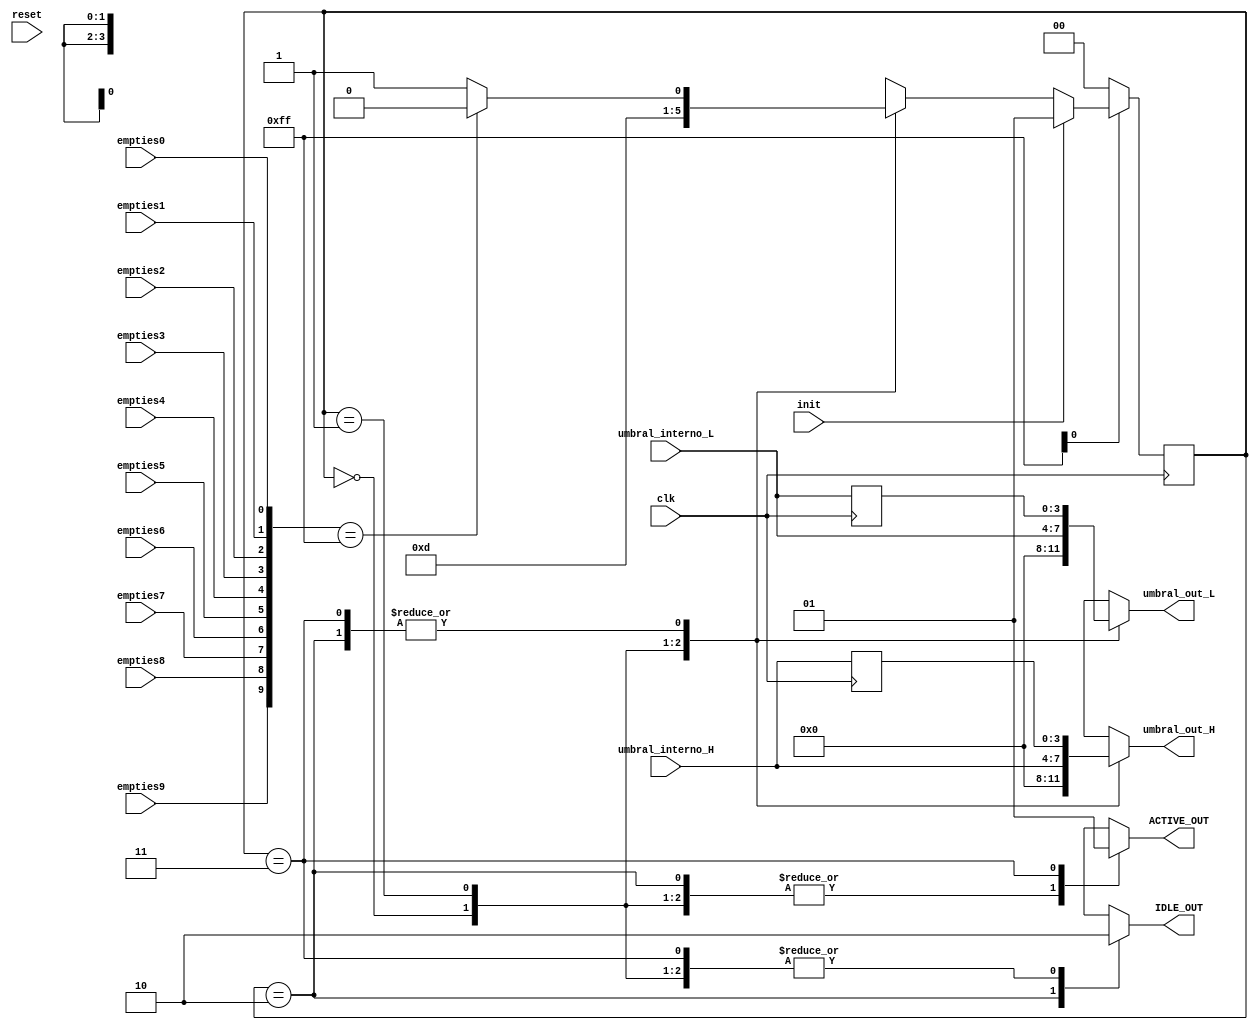
module FSM(
    input clk,
    input init,
    input reset,
	input empties0,
    input empties1,
    input empties2,
    input empties3,
    input empties4,
    input empties5,
    input empties6,
    input empties7,
    input empties8,
    input empties9,
    input [3:0] umbral_interno_L,
    input [3:0] umbral_interno_H,
    output reg IDLE_OUT,
    output reg ACTIVE_OUT,
    output reg [3:0] umbral_out_L,
    output reg [3:0] umbral_out_H);

parameter RESET = 0;
parameter INIT = 1;
parameter IDLE = 2;
parameter ACTIVE = 3;
reg [9:0] empty;
reg [1:0] state;
reg [1:0] next_state;
reg [3:0] umbral0 = 0;
reg [3:0] umbral1 = 0;


always @(posedge clk) begin
   
    if(!reset_L) begin
        state <= RESET;
    end
   
    else begin 
        if (init) begin
        state <= INIT;
        end

        else begin
            state <= next_state;
        end
    end

    umbral0 = umbral_interno_L;
    umbral1 = umbral_interno_H;

end


always @(*) begin

    empty[0] = empties0;
    empty[1] = empties1;
    empty[2] = empties2;
    empty[3] = empties3;
    empty[4] = empties4;
    empty[5] = empties5;
    empty[6] = empties6;
    empty[7] = empties7;
    empty[8] = empties8;
    empty[9] = empties9;

    case (state)

        RESET: begin
            IDLE_OUT = 0;
            ACTIVE_OUT = 0;
            umbral_out_L = 0;
            umbral_out_H = 0;
            next_state = INIT;
        end


        INIT: begin
            IDLE_OUT = 0;
            ACTIVE_OUT = 0;
            umbral_out_L = umbral_interno_L;
            umbral_out_H = umbral_interno_H;
            
            if(init) begin
                next_state = INIT;
            end
            
            else begin
                next_state = IDLE;
            end
        end


        IDLE: begin
            IDLE_OUT = 1;
            ACTIVE_OUT = 0;
            umbral_out_L = umbral0;
            umbral_out_H = umbral1;
           
           if(empty == 'hFF) begin
                next_state = IDLE;
            end

            else begin
                next_state = ACTIVE;
            end
        end


        ACTIVE: begin
    
            IDLE_OUT = 0;
            ACTIVE_OUT = 1;
            umbral_out_L = umbral0;
            umbral_out_H = umbral1;
         

            if(empty == 'hFF) begin
                next_state = IDLE;
            end

            else begin
                next_state = ACTIVE;
            end
        end
        

        default: begin
            next_state = INIT;
        end
    endcase
end
endmodule